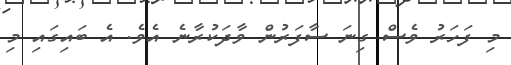
މި ފަހަރު ވެސް ގިނަ ސާފަރުން ވާދަކުރާނެ އެެވެ. އެ ބައިގައި މި